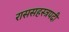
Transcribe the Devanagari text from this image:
राससहस्त्रपदी